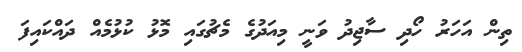
ތިން އަހަރު ހޯދި ސާޖިދު ވަނީ މިއަދުގެ މެޗުގައި މޮޅު ކުޅުމެއް ދައްކައިފަ